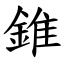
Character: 錐